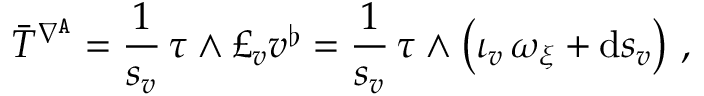
\bar { T } ^ { \nabla ^ { \mathtt { A } } } = \frac { 1 } { s _ { v } } \, \tau \wedge \pounds _ { v } v ^ { \flat } = \frac { 1 } { s _ { v } } \, \tau \wedge \big ( \iota _ { v } \, \omega _ { \xi } + \mathrm { d } s _ { v } \big ) \ ,